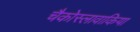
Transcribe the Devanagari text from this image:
चैकोस्लावाकिया